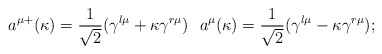
\begin{align*}a^{\mu +}(\kappa )=\frac 1{\sqrt{2}}(\gamma ^{l\mu }+\kappa \gamma ^{r\mu})\,\,\,\, a^\mu (\kappa )=\frac 1{\sqrt{2}}(\gamma ^{l\mu }-\kappa \gamma^{r\mu }); \end{align*}